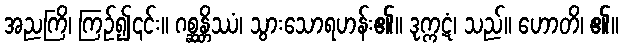
အညကြိ၊ ကြဉ်၍၎င်း။ ဂစ္ဆန္တိဿံ၊ သွားသောရဟန်း၏။ ဒုက္ကဋံ၊ သည်။ ဟောတိ၊ ၏။